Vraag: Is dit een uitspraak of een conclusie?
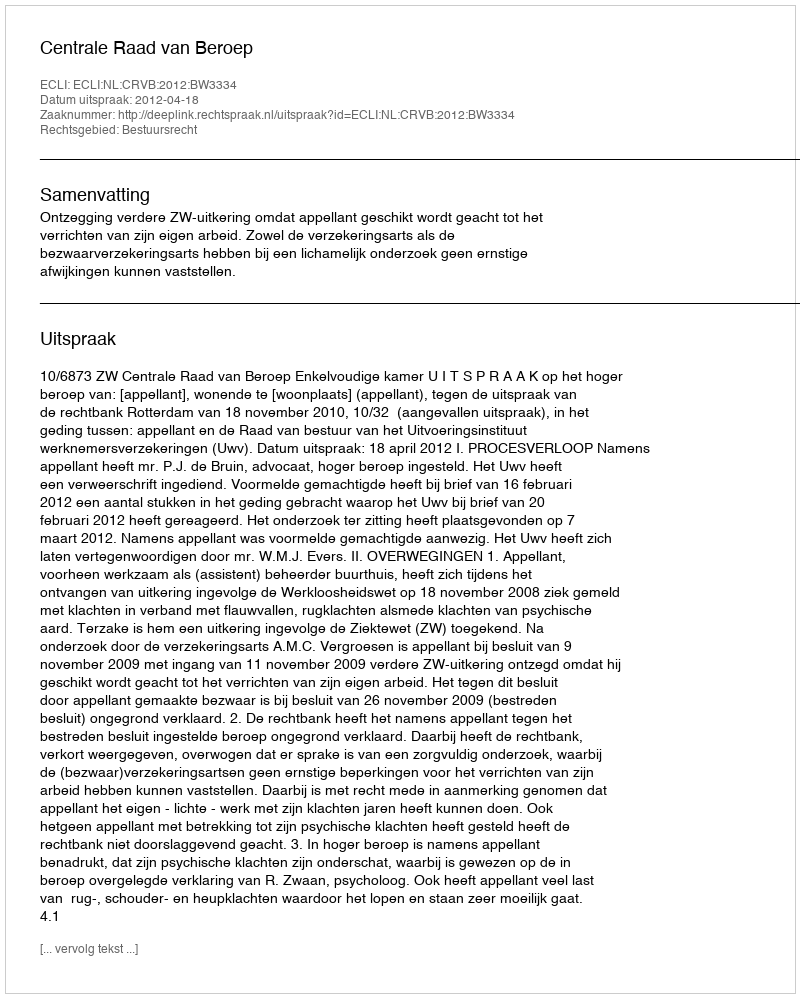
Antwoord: Uitspraak